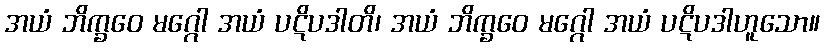
အယံ ဘိက္ခဝေ မဂ္ဂေါ အယံ ပဋိပဒါတိ၊ အယံ ဘိက္ခဝေ မဂ္ဂေါ အယံ ပဋိပဒါဟူသော။